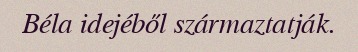
Béla idejéből származtatják.